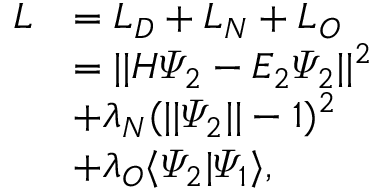
\begin{array} { r l } { L } & { = L _ { D } + L _ { N } + L _ { O } } \\ & { = | | H \varPsi _ { 2 } - E _ { 2 } \varPsi _ { 2 } | | ^ { 2 } } \\ & { + \lambda _ { N } ( | | \varPsi _ { 2 } | | - 1 ) ^ { 2 } } \\ & { + \lambda _ { O } \langle \varPsi _ { 2 } | \varPsi _ { 1 } \rangle \vphantom { ( | | \varPsi _ { 2 } | | - 1 ) ^ { 2 } } , } \end{array}